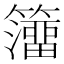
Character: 𥶅